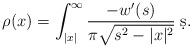
LaTeX: \begin{align*}\rho(x)=\displaystyle\int_{|x|}^{\infty}\frac{-w'(s)}{\pi\sqrt{s^2-|x|^2}}\; \d s.\end{align*}